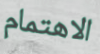
الاهتمام